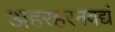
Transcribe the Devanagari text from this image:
अहरहरनवद्यं